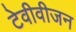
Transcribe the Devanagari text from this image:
टेवीवीजन